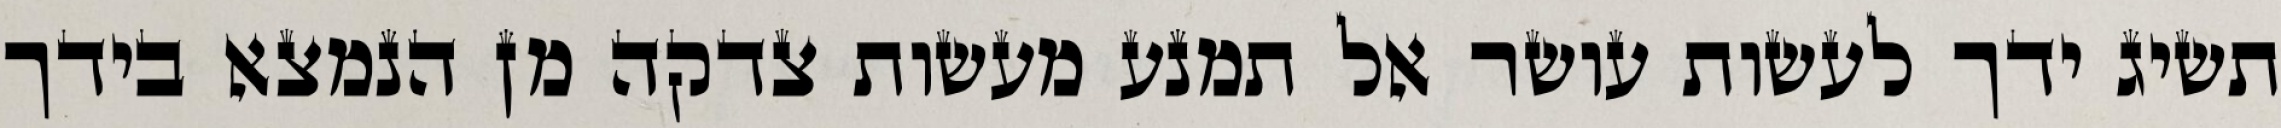
תשיג ידך לעשות עושר אל תמנע מעשות צדקה מן הנמצא בידך